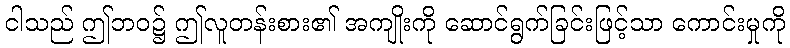
ငါသည် ဤဘဝ၌ ဤလူတန်းစား၏ အကျိုးကို ဆောင်ရွက်ခြင်းဖြင့်သာ ကောင်းမှုကို